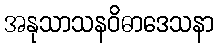
အနုသာသနဝိဓာဒေသနာ